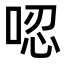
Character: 𠴍